Report on vaccination in Madras 1922-1929 - 1922-1929
Year: 1922
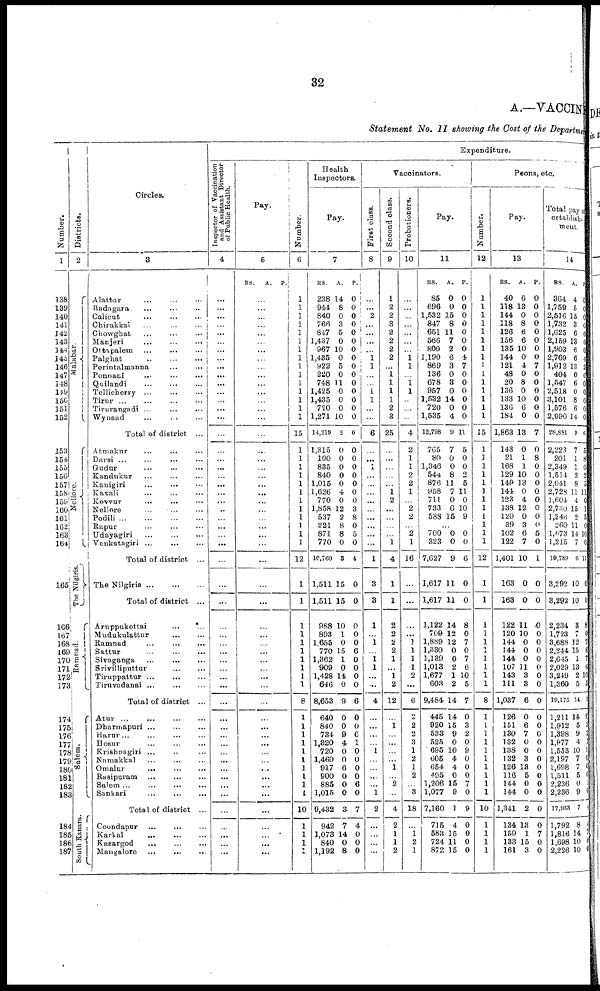
32
A.—VACCINE
Statement
No. II showing the Cost of the Department
Number.
1
138
139
140
141
142
143
144
145
146
147
148
149
150
151
152
153
154
155
156
157
158
159
160
161
162
168
164
165
166
167
168
169
170
171
172
173
174
175
176
177
178
179
l80
181
182
183
184
185
186
187
Districts.
2
Malabar.
Nellore.
The Nilgiris.
Ramnad.
Salem.
South Kanara.
Circles.
3
Alattur... ... ...
Badagara... ... ...
Calicut.
...
Chirakkai...
...
...
...
Chowghat... ... ... ...
Manjeri...
...
...
...
Ottapalem...
...
...
...
Palghat...
...
...
...
Perintalmanna... ... ... ...
Ponnani...
...
...
...
Quilandi... ... ... ...
Tellicherry... ... ... ... ...
Tirur...
...
...
...
Tirurangadi... ... ... ...
Wynaad... ... ...
Total of district ...
Atmakur... ... ... ... ...
Darsi...
...
...
...
Gudur... ... ... ... ...
Kandukur... ... ... ...
Kanigiri... ... ... ...
Kavali... ... ... ...
Kovvur... ... ... ...
Nellore
...
...
...
...
Podili...
...
...
...
Rapur...
...
...
...
Udayagiri...
...
...
...
Venkatagiri... ... ...
Total of district... ... ... ...
The
Nilgiris...
...
...
Total of district... ... ... ...
Aruppukottai ... ...
Mudukulattur... ... ... ...
Ramnad...
...
...
...
Sattur...
...
...
Sivaganga...
...
...
...
Srivilliputtur... ... ... ...
Tiruppattur... ... ... ...
Tiruvadanai... ... ... ...
Total of district ...
Atur...
...
...
...
Dharmapuri...
...
...
Harur... ... ... ...
Hosur...
Krishnagiri... ... ... ...
Namakkal... ... ...
Omalur...
...
Rasipuram...
...
...
Salem... ... ... ...
Sankari...
...
...
...
Total of district ...
Coondapur... ... ...
Karkal... ... ...
Kaeargod...
...
...
Mangalore... ... ...
Expenditure.
Inspector of Vaccination
and Assistant Director
of Public Health.
4
...
...
...
...
...
...
...
...
...
...
...
...
...
...
...
...
...
...
...
...
...
...
...
...
...
...
...
...
...
...
...
...
...
...
...
...
...
...
...
...
...
...
...
...
...
...
...
...
...
...
...
...
...
...
...
Pay.
5
RS.
A.
P.
P.!
...
...
...
...
...
...
...
...
...
...
...
...
...
...
...
...
...
...
...
...
...
...
...
...
...
...
...
...
...
...
...
...
...
...
...
...
...
...
...
...
...
...
...
...
...
...
...
...
...
...
...
...
...
...
...
Number.
6
1
1
1
1
1
1
1
1
1
1
1
1
1
1
1
15
1
1
1
1
1
1
1
1
1
1
1
1
12
1
1
1
1
1
1
1
1
1
1
8
1
1
1
1
1
1
1
1
1
1
10
1
1
1
1
Health
Inspectors.
Pay.
7
RS.
238
944
840
766
847
1,437
967
1,435
922
220
748
1,425
1,435
720
1,271
14,219
1,315
100
835
840
1,015
1,626
770
1,858
537
221
871
770
10,760
1,511
1,511
988
893
1,655
770
1,362
909
1,428
646
8,653
640
840
734
1,320
720
1,460
917
900
885
1,015
9,432
942
1,073
840
1,192
A.
14
8
0
3
5
0
10
0
5
0
11
0
0
0
10
2
0
0
0
0
0
4
0
12
2
8
8
0
3
15
15
10
1
0
15
1
0
14
0
9
0
0
9
4
0
0
6
0
0
0
3
7
14
0
8
P.
0
0
0
0
0
0
0
0
0 0
0
0
0
0
0
0
0
0
0
0
0
0
0
3
8
0
5
0
4
0
0
0
0
0
6
0
0
0
0
6
0
0
0
1
0
0
0
0
6
0
7
4
0
0
0
Vaccinators.
First class.
8
...
...
2
...
...
...
...
1
1
...
...
1
1
...
...
6
...
...
1
...
...
...
...
...
...
...
...
...
1
3
3
1
...
1
...
1 1
...
...
4
...
...
...
...
1
...
...
...
...
l
2
...
...
...
...
Second class.
9
1
2
2
3
2
2
2
2
...
1
1
1
1
2
3
25
...
...
...
...
...
1
2
...
...
...
...
1
4
1
1
2
2
2
2
1
...
1
2
12
...
1
...
...
...
...
1
...
2
...
4
2
1
1
2
Probationers.
10
...
...
...
...
...
...
...
1 1
...
1
1
...
...
...
4
2
1
1
2
2
1
...
2
2
...
2
1
16
...
...
...
...
1
1
1
1
2
...
6
2
2
2
3
1
2
1
2
...
3
18
...
1
2
1
Pay.
11
RS.
85
696
1,532
847
651
566
800
1,190
869
136
678
957
1,532
720
1,535
12,798
765
80
1,346
544
876
958
711
733
588
A.
0
0
15
8
11
7
2
6
3
0
3
0
14
0
4
9
7
0
0
8
11
7
0
6
15
P.
0
0
0
0
0
0
0
4
7
0
0
0
0
0
0
11
5
0
0
2
5
11
0
10
9
...
700
323
7,627
1,617
1,617
1,122
709
1,889
1,330
1,139
1,013
1,677
603
9,484
445
920
533
525
695
605
654
495
1,206
1,077
7,160
715
583
724
872
0
0
9
11
11
14
12
12
0
0
2
1
2
14
14
15
9
0
10
4
4
0
15
9
1
4
15
11
15
0
0
6
0
0
8
0
7
0
7
6
10
5
7
0
3
2
0
9
0
0
0
7
0
9
0
0
0
0
Peons, etc.
Number.
12
1
1
1
1
1
1
1
1
1
1
1
1
1
1
1
15
1
1
1
1
1
1
1
1
1
1
1
1
12
1
1
1
1
1
...
1
1
1
1
8
1
1
1
1
1
1
1
1
1
1
10
1
1
1
1
Pay.
13
RS.
40
118
144
118
126
156
135
144
121
48
20
136
133
136
184
1,863
143
21
168
129
149
144
123
138
120
39
102
122
1,401
163
163
122
120
144
144
144
107
143
111
1,037
126
151
130
132
138
132
126
116
144
144
1,341
134
159
133
161
A.
6
13
0
8
6
6
10
0
4
0
8
0
10
6
0
13
0
1
1
10
13
0
4
12
0
3
6
7
10
0
0
11
10
0
0
0
11
3
3
6
0
6
7
0
0
3
13
5
0
0
2
13
1
15
3
P.
0
0
0
0
0
0
0
0
7
0
0
0
0
0
0
7
0
8
0
0
0
0
0
0
0
0
5
0
1
0
0
0
0
0
0
0
0
0
0
0
0
0
0
0
0
0
0
0
0
0
0
0
7
0
0
Total pay of
establish-
ment.
14
RS.
364
1,759
2,516
1,732
1,625
2,159
1,903
2,769
1,912
404
1,547
2,518
3,101
1,576
2,990
28,831
2,223
201
2,349
1,514
2,041
2,728
1,604
2,730
1,246
260
1,673
1,215
19,789
3,292
3,292
2,234
1,723
3,688
2,244
2,645
2,029
3,249
1,360
19,175
1,211
1,912
1,398
1,977
1,553
2,197
1,698
1,511
2,236
2,236
17,933
1,792
1,816
1,698
2,226
A.
4
5
15
3
6
13
6
6
13
0
6
0
8
6
14
9
7
1
1
2
8
11
4
15
2
11
14
7
6
10
10
3
7
12
15
1
13
2
5
14
14
5
9
4
10
7
7
5
0
9
7
8
14
10
10
P.
0
0
0
0
0
0
0
4
2
0
0
0
0
0
0
6
5
8
0
2
5
11
0
1
5
0
10
0
11
0
0
8
0
7
6
7
6
10
5
1
0
3
2
1
9
0
6
0
1
0
4
4
1
0
0